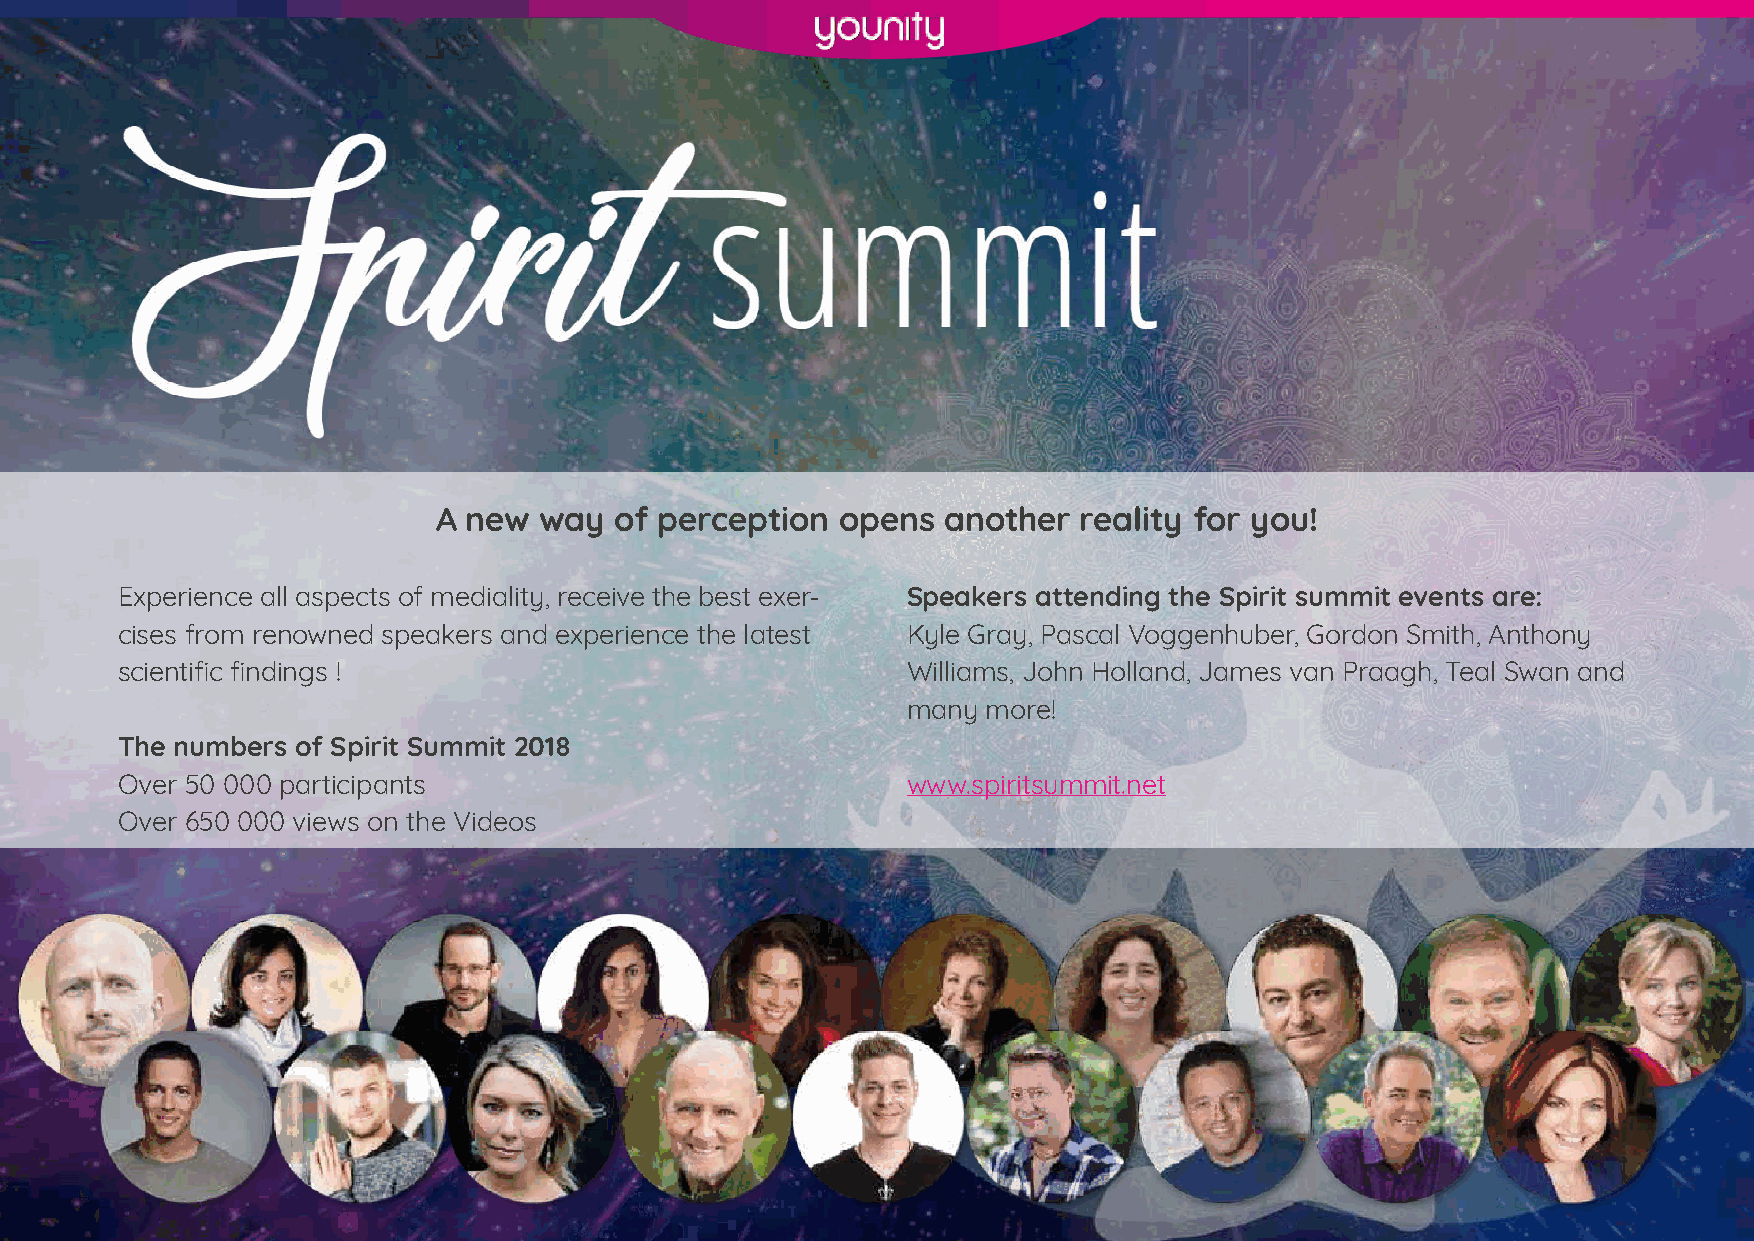
A new  way  of perception  opens  another  reality for you!
 Experience all aspects of mediality, receive the best exer- Speakers attending the Spirit summit events are:
 cises from renowned speakers and experience the latest Kyle Gray, Pascal Voggenhuber, Gordon Smith, Anthony
 scientific findings !                               Williams, John Holland, James van Praagh, Teal Swan and
 many more!
 The numbers of Spirit Summit 2018
 Over 50 000 participants                            www.spiritsummit.net
 Over 650 000 views on the Videos